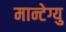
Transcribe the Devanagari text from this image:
मान्टेग्यु